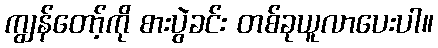
ကျွန်တော့်ကို စားပွဲခင်း တစ်ခုယူလာပေးပါ။